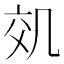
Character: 𠙇